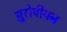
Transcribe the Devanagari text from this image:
य़ुरोपीयन